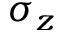
\sigma _ { z }